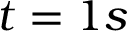
t = 1 s